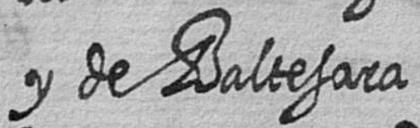
y de Baltesara